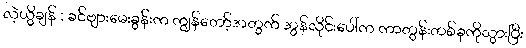
လဲ့ယွိချန် : ခင်ဗျားမေးခွန်းက ကျွန်တော့်အတွက် အွန်လိုင်းပေါ်က ကာတွန်းတစ်ခုကိုသွားပြီး